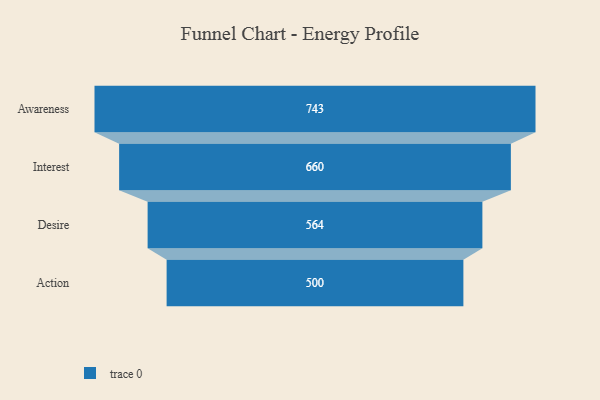
{"axis": {"x": "Stage", "y": "Value"}, "legend": [""], "data": [{"x": "Awareness", "y": 743.0, "type": ""}, {"x": "Interest", "y": 660.0, "type": ""}, {"x": "Desire", "y": 564.0, "type": ""}, {"x": "Action", "y": 500, "type": ""}]}